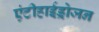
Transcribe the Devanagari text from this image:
एंटीहाईड्रोजन